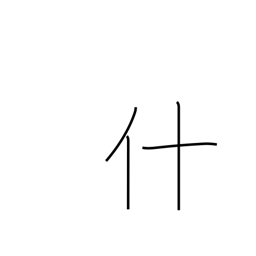
Meaning: thing